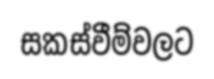
සකස්වීම්වලට